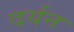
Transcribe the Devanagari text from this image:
दर्यन